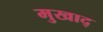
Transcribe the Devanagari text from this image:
मुखाद्